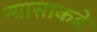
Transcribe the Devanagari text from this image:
न्यासाकडे